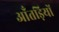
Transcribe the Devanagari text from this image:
आँतड़ियों